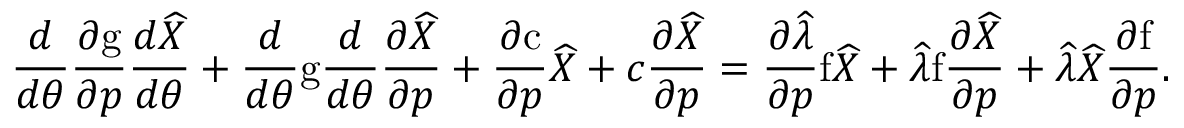
\frac { d } { d \theta } \frac { \partial \mathrm { g } } { \partial \boldsymbol { p } } \frac { d \widehat { X } } { d \theta } + \frac { d } { d \theta } \mathrm { g } \frac { d } { d \theta } \frac { \partial \widehat { X } } { \partial \boldsymbol { p } } + \frac { \partial \mathrm { c } } { \partial \boldsymbol { p } } \widehat { X } + c \frac { \partial \widehat { X } } { \partial \boldsymbol { p } } = \frac { \partial \widehat { \lambda } } { \partial \boldsymbol { p } } \mathrm { f } \widehat { X } + \widehat { \lambda } \mathrm { f } \frac { \partial \widehat { X } } { \partial \boldsymbol { p } } + \widehat { \lambda } \widehat { X } \frac { \partial \mathrm { f } } { \partial \boldsymbol { p } } .